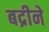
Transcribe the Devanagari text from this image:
बद्रीने